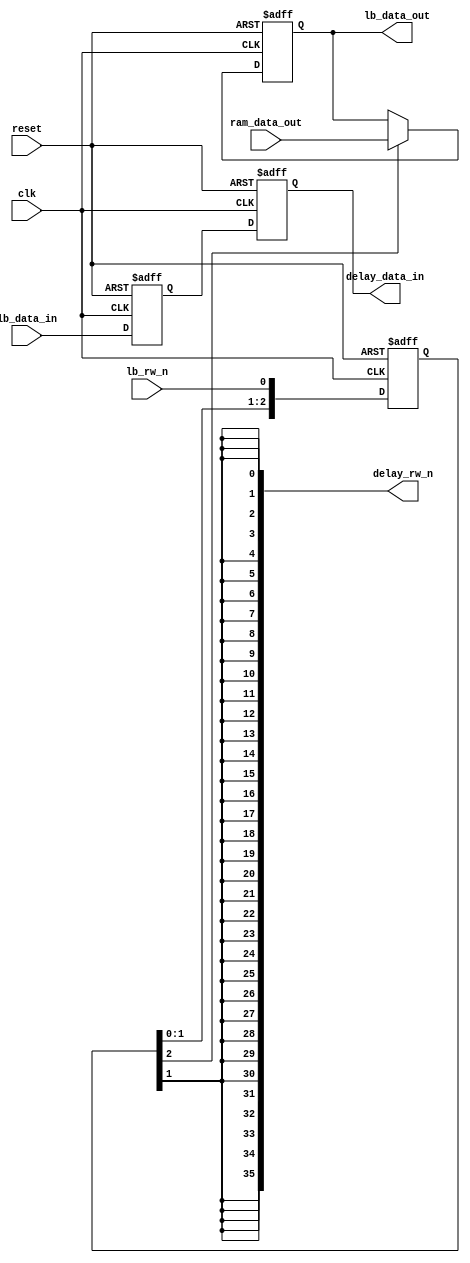
module pipe_delay(
	clk,
	reset,
	lb_rw_n,
	delay_rw_n,
	lb_data_in,
	delay_data_in,
	lb_data_out,
	ram_data_out
	);

//syn_preserve delay_rw_n;

//Parameter declarations
parameter FLOWTHROUGH = 0;		// Pipelined if zero, Flowthrough if one
parameter DSIZE = 36;			// data bus width
parameter BWSIZE = 4;			// byte enable bus width	

//Input and Output declarations
input 					clk;
input 					reset;	
input 					lb_rw_n;		// local bus read/write signal
output	[DSIZE - 1:0]	delay_rw_n;		// read/write to tri-state enable
	
input	[DSIZE - 1:0]	lb_data_in;		//data from local bus
output	[DSIZE - 1:0]	delay_data_in;	// data to RAM
	
output	[DSIZE - 1:0]	lb_data_out;	// data to local bus
input	[DSIZE - 1:0]	ram_data_out;	// data from RAM

	
	
//Wire and Register declarations
reg 	[2:0] 			rw_n_pipe;
reg		[DSIZE - 1:0]	data_in_pipe_0;
reg		[DSIZE - 1:0]	data_in_pipe_1;
reg		[DSIZE - 1:0]	delay_rw_n;
reg		[DSIZE - 1:0]	lb_data_out;

wire	[DSIZE - 1:0]	delay_data_in;
assign delay_data_in = FLOWTHROUGH ? data_in_pipe_0 : data_in_pipe_1;


always @ (rw_n_pipe[0], rw_n_pipe[1], rw_n_pipe[2])
begin
	delay_rw_n[DSIZE - 1] <= rw_n_pipe[1 - FLOWTHROUGH];
	delay_rw_n[DSIZE - 2] <= rw_n_pipe[1 - FLOWTHROUGH];
	delay_rw_n[DSIZE - 3] <= rw_n_pipe[1 - FLOWTHROUGH];
	delay_rw_n[DSIZE - 4] <= rw_n_pipe[1 - FLOWTHROUGH];
	delay_rw_n[DSIZE - 5] <= rw_n_pipe[1 - FLOWTHROUGH];
	delay_rw_n[DSIZE - 6] <= rw_n_pipe[1 - FLOWTHROUGH];
	delay_rw_n[DSIZE - 7] <= rw_n_pipe[1 - FLOWTHROUGH];
	delay_rw_n[DSIZE - 8] <= rw_n_pipe[1 - FLOWTHROUGH];
	delay_rw_n[DSIZE - 9] <= rw_n_pipe[1 - FLOWTHROUGH];
	delay_rw_n[DSIZE - 10] <= rw_n_pipe[1 - FLOWTHROUGH];
	delay_rw_n[DSIZE - 11] <= rw_n_pipe[1 - FLOWTHROUGH];
	delay_rw_n[DSIZE - 12] <= rw_n_pipe[1 - FLOWTHROUGH];
	delay_rw_n[DSIZE - 13] <= rw_n_pipe[1 - FLOWTHROUGH];
	delay_rw_n[DSIZE - 14] <= rw_n_pipe[1 - FLOWTHROUGH];
	delay_rw_n[DSIZE - 15] <= rw_n_pipe[1 - FLOWTHROUGH];
	delay_rw_n[DSIZE - 16] <= rw_n_pipe[1 - FLOWTHROUGH];
	delay_rw_n[DSIZE - 17] <= rw_n_pipe[1 - FLOWTHROUGH];
	delay_rw_n[DSIZE - 18] <= rw_n_pipe[1 - FLOWTHROUGH];
	delay_rw_n[DSIZE - 19] <= rw_n_pipe[1 - FLOWTHROUGH];
	delay_rw_n[DSIZE - 20] <= rw_n_pipe[1 - FLOWTHROUGH];
	delay_rw_n[DSIZE - 21] <= rw_n_pipe[1 - FLOWTHROUGH];
	delay_rw_n[DSIZE - 22] <= rw_n_pipe[1 - FLOWTHROUGH];
	delay_rw_n[DSIZE - 23] <= rw_n_pipe[1 - FLOWTHROUGH];
	delay_rw_n[DSIZE - 24] <= rw_n_pipe[1 - FLOWTHROUGH];
	delay_rw_n[DSIZE - 25] <= rw_n_pipe[1 - FLOWTHROUGH];
	delay_rw_n[DSIZE - 26] <= rw_n_pipe[1 - FLOWTHROUGH];
	delay_rw_n[DSIZE - 27] <= rw_n_pipe[1 - FLOWTHROUGH];
	delay_rw_n[DSIZE - 28] <= rw_n_pipe[1 - FLOWTHROUGH];
	delay_rw_n[DSIZE - 29] <= rw_n_pipe[1 - FLOWTHROUGH];
	delay_rw_n[DSIZE - 30] <= rw_n_pipe[1 - FLOWTHROUGH];
	delay_rw_n[DSIZE - 31] <= rw_n_pipe[1 - FLOWTHROUGH];
	delay_rw_n[DSIZE - 32] <= rw_n_pipe[1 - FLOWTHROUGH];
	delay_rw_n[DSIZE - 33] <= rw_n_pipe[1 - FLOWTHROUGH];
	delay_rw_n[DSIZE - 34] <= rw_n_pipe[1 - FLOWTHROUGH];
	delay_rw_n[DSIZE - 35] <= rw_n_pipe[1 - FLOWTHROUGH];
	delay_rw_n[DSIZE - 36] <= rw_n_pipe[1 - FLOWTHROUGH];
end


// pipeline read/write signal and data
always @ (posedge clk or posedge reset)
begin
	if (reset)
	begin
		rw_n_pipe <= 3'b0;
		data_in_pipe_0 <= 36'h0;
		data_in_pipe_1 <= 36'h0;
	end
	
	else
	begin
		rw_n_pipe[0] <= lb_rw_n;
		rw_n_pipe[2:1] <= rw_n_pipe[1:0];
		data_in_pipe_0 <= lb_data_in;
		data_in_pipe_1 <= data_in_pipe_0;
	end
end


always @ (posedge clk or posedge reset)
begin
	if (reset)
		lb_data_out <= 36'h0;
	else
	begin
		if (rw_n_pipe[2 - FLOWTHROUGH] == 1'b1)
			lb_data_out <= ram_data_out;
	end
end

endmodule